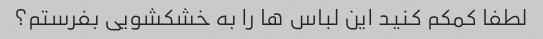
لطفا کمکم کنید این لباس ها را به خشکشویی بفرستم؟